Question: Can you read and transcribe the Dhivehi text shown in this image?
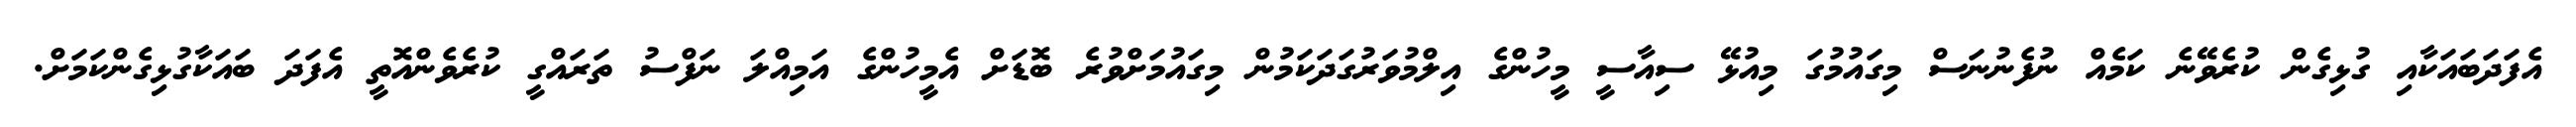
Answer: އެފަދަބައަކާއި ގުޅިގެން ކުރެވޭނެ ކަމެއް ނުފެނުނަސް މިގައުމުގަ މިއުޅޭ ސިއާސީ މީހުންގެ އިލްމުވަރުގަދަކަމުން މިގައުމަށްވުރެ ބޮޑަށް އެމީހުންގެ އަމިއްލަ ނަފްސު ތަރައްގީ ކުރެވެންއޮތީ އެފަދަ ބައަކާގުޅިގެންކަމަށް.